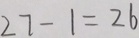
2 7 - 1 = 2 6